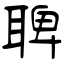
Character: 聛